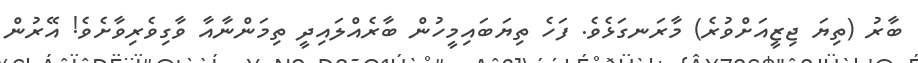
ބާރު (ތިޔަ ޖިޒީއަށްވުރެ) މާރަނގަޅެވެ. ފަހެ ތިޔަބައިމީހުން ބާރެއްލައިދީ ތިމަންނާއާ ވާގިވެރިވާށެވެ! އޭރުން